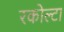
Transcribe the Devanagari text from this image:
रकोल्टा